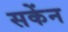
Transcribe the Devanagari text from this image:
सकेंन